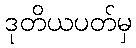
ဒုတိယပတ်မှ